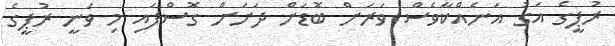
ރުޕީގެ އަގު އަނެއްކާވެސް ވަރަށް ބޮޑަށް ދަށަށް ގޮސްފައި މި ވަނީ ރުޕީގެ